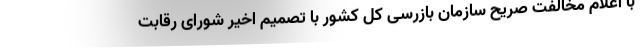
با اعلام مخالفت صریح سازمان بازرسی کل کشور با تصمیم اخیر شورای رقابت